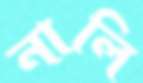
নালি